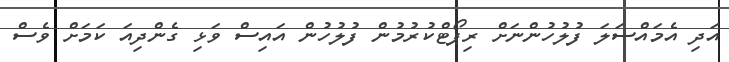
އަދި އެމައްސަލަ ފުލުހުންނަށް ރިޕޯޓްކުރުމުން ފުލުހުން އައިސް ވަޅި ގެންދިއަ ކަމަށް ވެސް